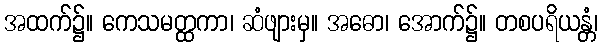
အထက်၌။ ကေသမတ္ထကာ၊ ဆံဖျားမှ။ အဓော၊ အောက်၌။ တစပရိယန္တံ၊